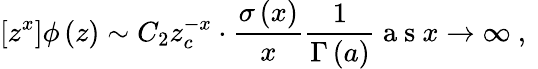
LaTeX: \left[z^{x}\right]\phi\left(z\right)\sim C_{2}z_{c}^{-x}\cdot\frac{\sigma\left(x\right)}{x}\frac{1}{\Gamma\left(a\right)}\mathrm{~a~s~}x\rightarrow\infty\mathrm{~,~}